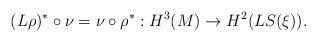
LaTeX: \begin{align*}(L\rho)^\ast\circ\nu=\nu\circ\rho^\ast: H^3(M) \rightarrow H^2(LS(\xi)).\end{align*}